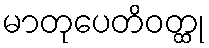
မာတုပေတိဝတ္ထု